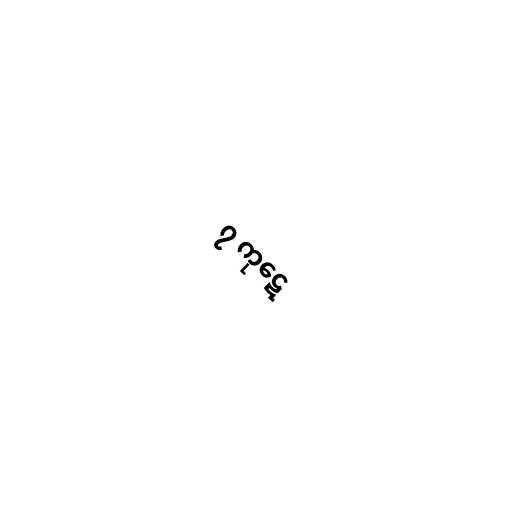
၇ ကုဋေ